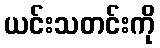
ယင်းသတင်းကို